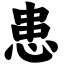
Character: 患